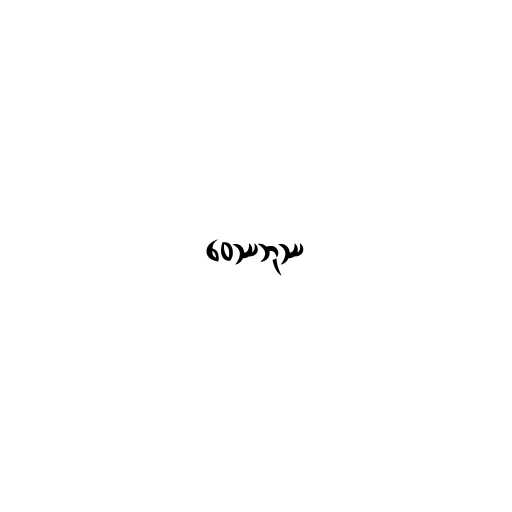
ဝေဿဘုဿ